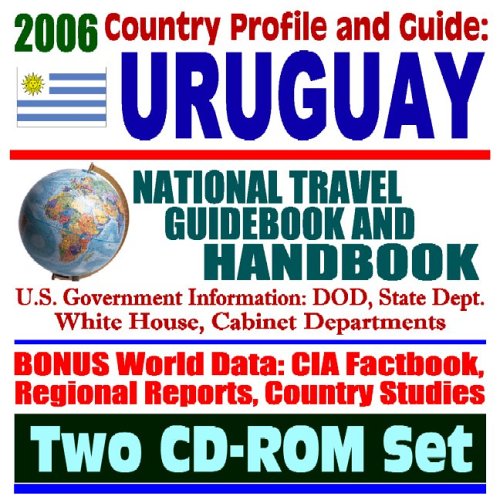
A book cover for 2006 Country Profile and Guide to Uruguay: National Travel Guidebook and Handbook--Trade and Business, Laws, MERCOSUR and FTAA (Two CD-ROM Set); U.S. Government; Travel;